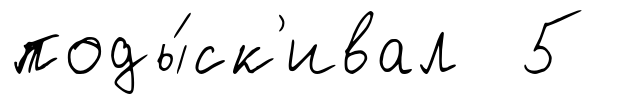
поды́ск'ивал 5